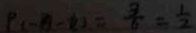
P ( - B - 6 ) = \frac { 3 } { 6 } = \frac { 1 } { 2 }